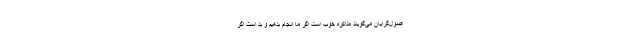
اصول‌گرایان می‌گویند مذاکره خوب است اگر ما انجام بدهیم و بد است اگر